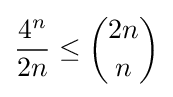
{\frac {4^{n}}{2n}}\leq {\binom {2n}{n}}